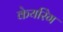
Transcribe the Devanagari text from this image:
केयरिंग